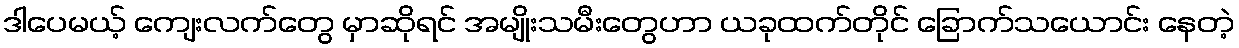
ဒါပေမယ့် ကျေးလက်တွေ မှာဆိုရင် အမျိုးသမီးတွေဟာ ယခုထက်တိုင် ခြောက်သယောင်း နေတဲ့